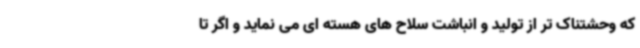
که وحشتناک تر از تولید و انباشت سلاح های هسته ای می نماید و اگر تا